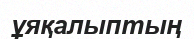
ұяқалыптың